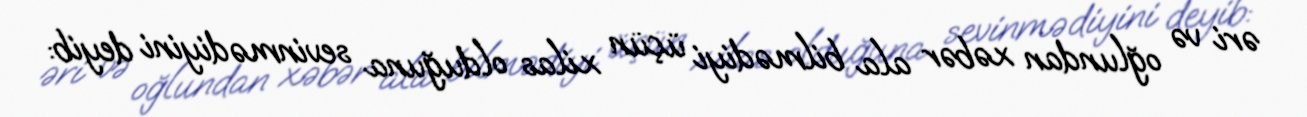
əri və oğlundan xəbər ala bilmədiyi üçün xilas olduğuna sevinmədiyini deyib: